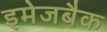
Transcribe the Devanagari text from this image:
इमेजबैक